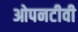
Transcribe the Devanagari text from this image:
ओपनटीवी